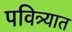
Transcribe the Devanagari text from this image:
पवित्र्यात